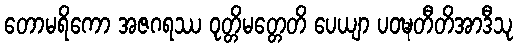
တောမရိကော အဇဂရဿ ဝုတ္တိမတ္တေတိ ပေယျာ ပဝဍ္ဎတီတိအာဒီသု